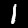
Label: 1